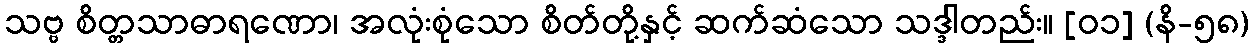
သဗ္ဗ စိတ္တသာဓာရဏော၊ အလုံးစုံသော စိတ်တို့နှင့် ဆက်ဆံသော သဒ္ဒါတည်း။ [၀၁] (နိ-၅၈)